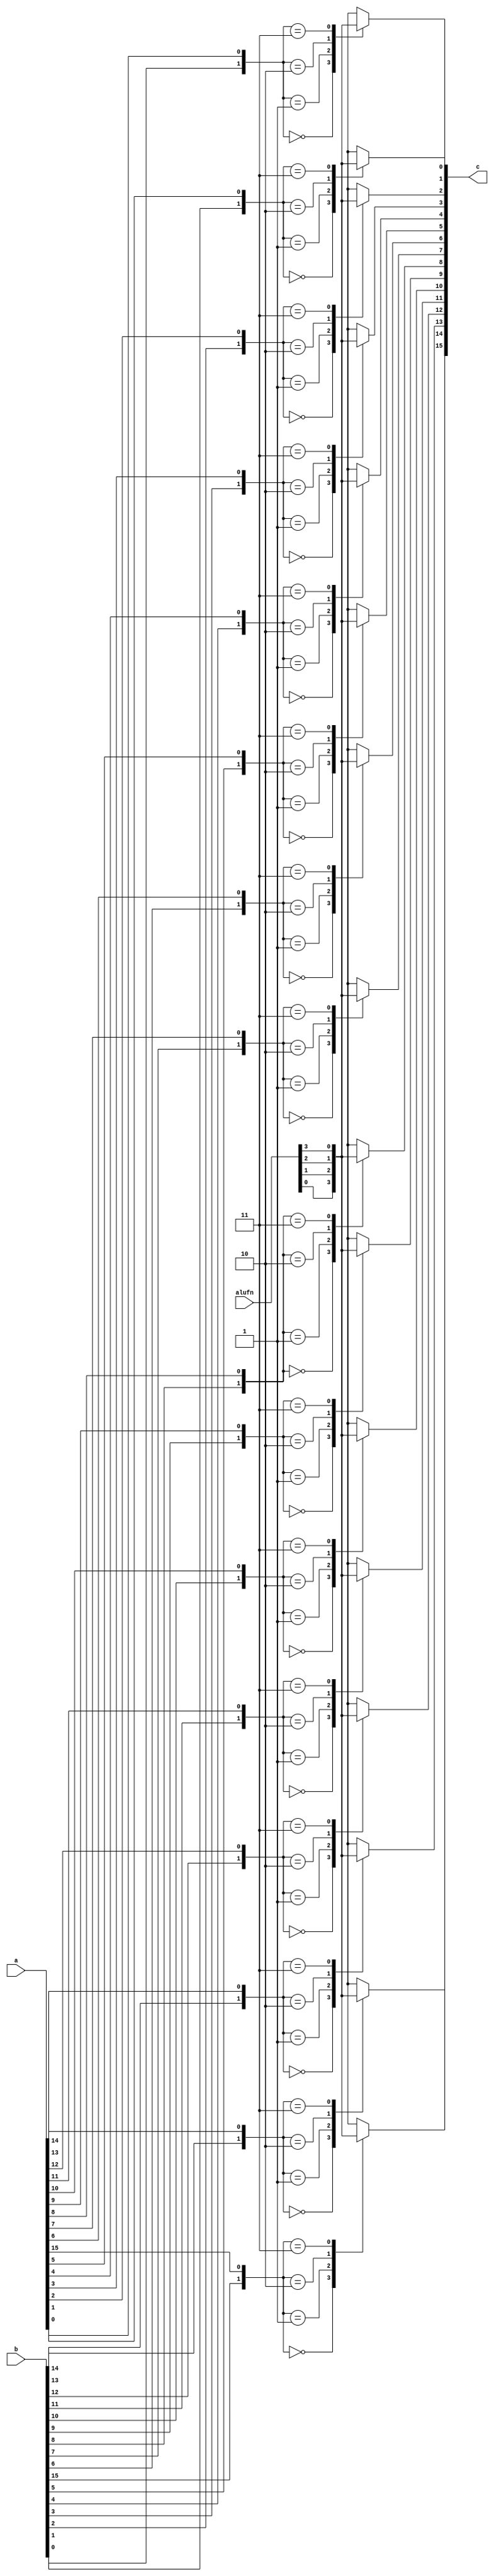
module boole_40 (
    input [5:0] alufn,
    input [15:0] a,
    input [15:0] b,
    output reg [15:0] c
  );
  
  
  
  integer n;
  
  integer in;
  
  always @* begin
    c = 16'h0000;
    for (n = 1'h0; n < 5'h10; n = n + 1) begin
      in = {b[(n)*1+0-:1], a[(n)*1+0-:1]};
      
      case (in)
        2'h0: begin
          c[(n)*1+0-:1] = alufn[0+0-:1];
        end
        2'h1: begin
          c[(n)*1+0-:1] = alufn[1+0-:1];
        end
        2'h2: begin
          c[(n)*1+0-:1] = alufn[2+0-:1];
        end
        2'h3: begin
          c[(n)*1+0-:1] = alufn[3+0-:1];
        end
      endcase
    end
  end
endmodule